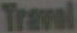
Travel